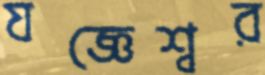
যজ্ঞেশ্বর